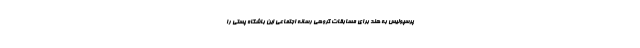
پرسپولیس به هند برای مسابقات گروهی رسانه اجتماعی این باشگاه پستی را